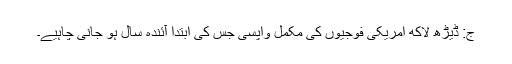
ج: ڈیڑھ لاکھ امریکی فوجیوں کی مکمل واپسی جس کی ابتدا آئندہ سال ہو جانی چاہیے۔